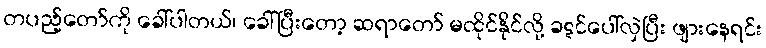
တပည့်တော်ကို ခေါ်ပါတယ်၊ ခေါ်ပြီးတော့ ဆရာတော် မထိုင်နိုင်လို့ ခဋင်ပေါ်လှဲပြီး ဖျားနေရင်း